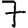
Digit: 7